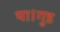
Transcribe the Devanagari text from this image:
था।गुड